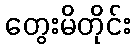
တွေးမိတိုင်း